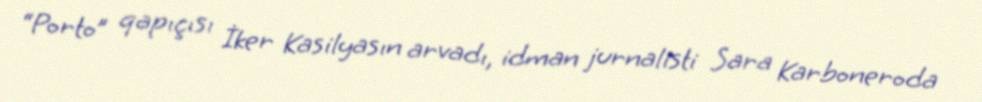
“Porto” qapıçısı İker Kasilyasın arvadı, idman jurnalisti Sara Karboneroda